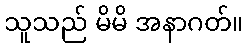
သူသည် မိမိ အနာဂတ်။